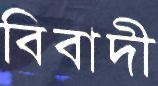
বিবাদী